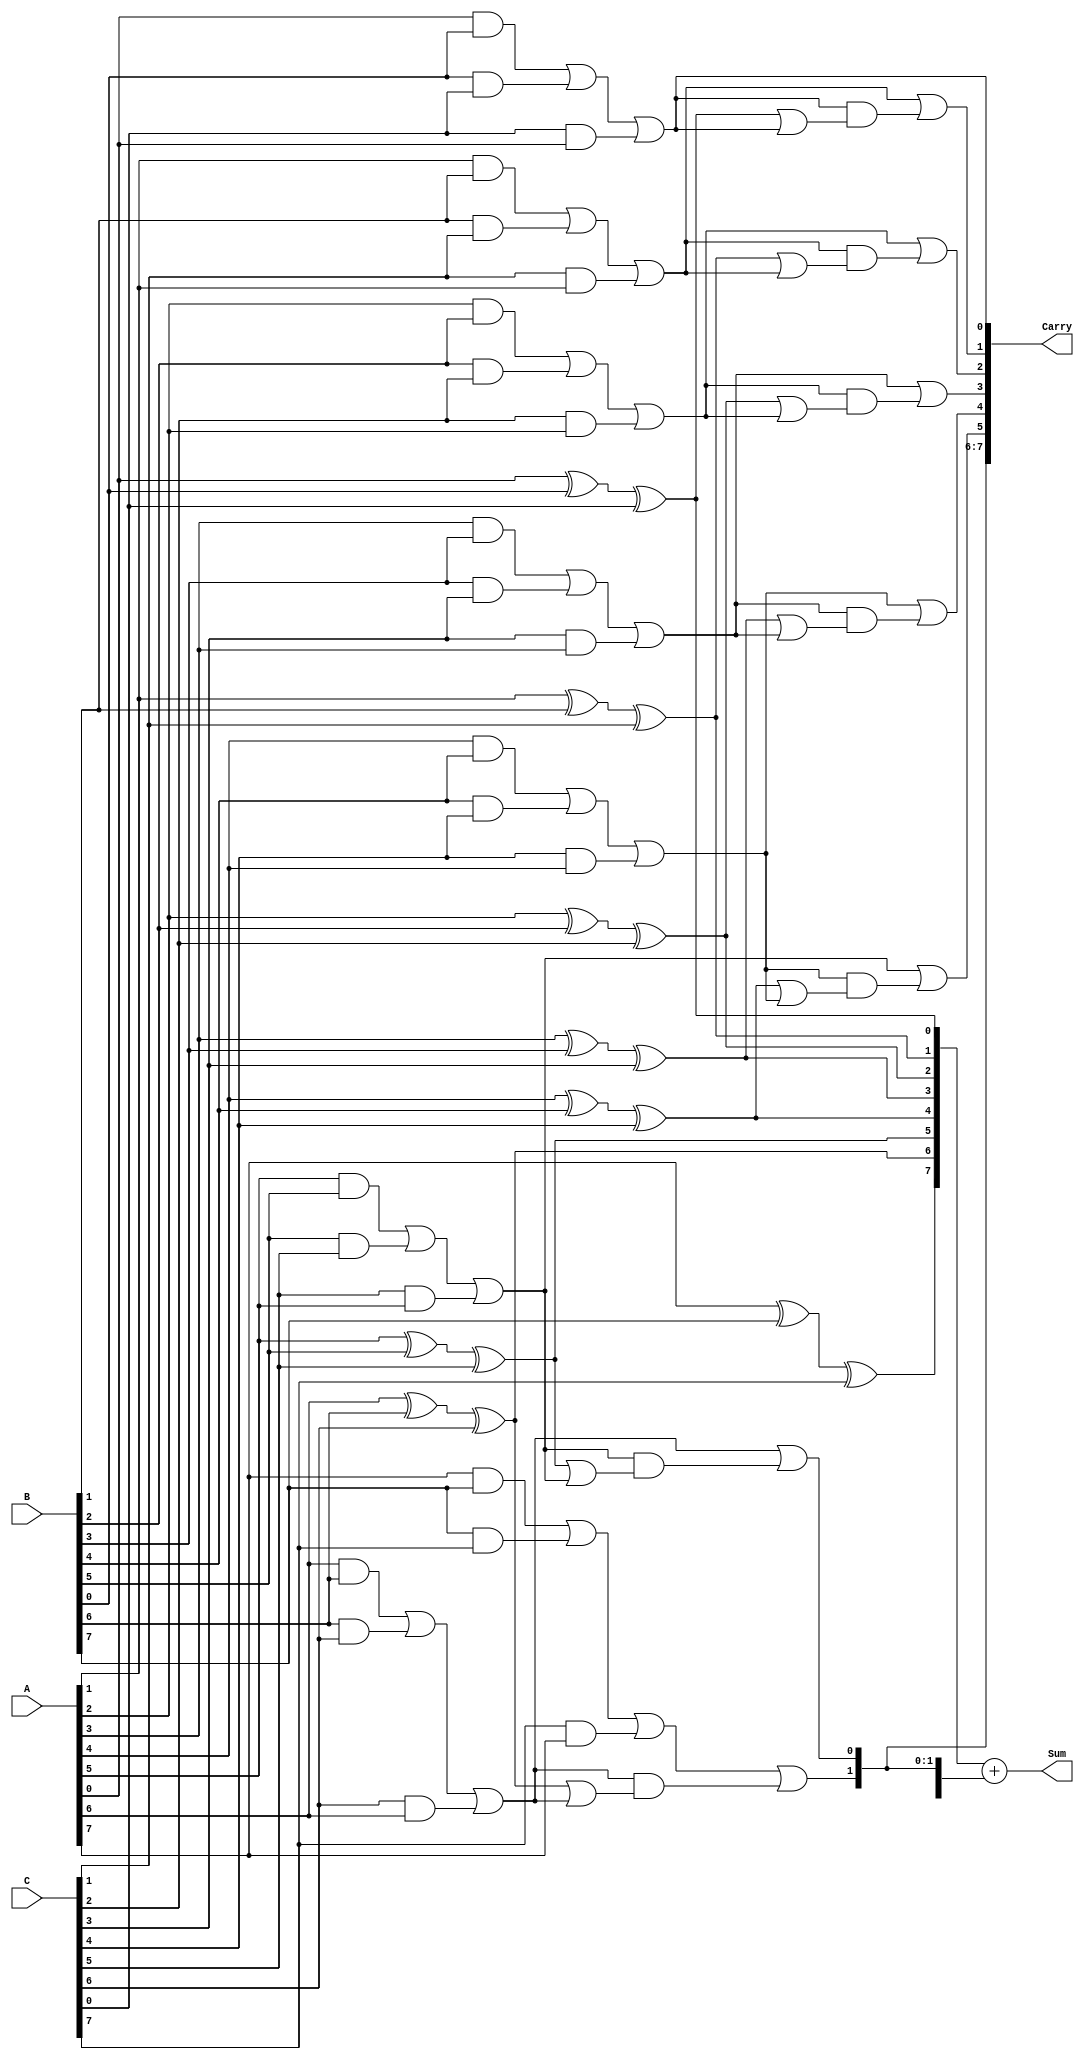
module ModifiedCarrySaveAdder #(parameter n = 8) (
    input  [n-1:0] A,
    input  [n-1:0] B,
    input  [n-1:0] C,
    output [n:0]   Sum,
    output [n-1:0] Carry
);

    wire [n-1:0] S; // Partial sums
    wire [n-1:0] C_temp; // Intermediate carries
    wire [n-1:0] carry_out; // Final carry outputs

    // Generate partial sums and carries for each bit position
    genvar i;
    generate
        for (i = 0; i < n; i = i + 1) begin : adder_logic
            assign S[i] = A[i] ^ B[i] ^ C[i]; // Partial sum
            assign C_temp[i] = (A[i] & B[i]) | (B[i] & C[i]) | (C[i] & A[i]); // Carry using majority function
        end
    endgenerate

    // Propagate carries to the next bit position
    assign Carry[0] = C_temp[0]; // Carry from LSB
    generate
        for (i = 1; i < n; i = i + 1) begin : carry_propagation
            assign Carry[i] = C_temp[i] | (C_temp[i-1] & (S[i-1] | C_temp[i-1]));
        end
    endgenerate

    // Final sum calculation
    assign Sum = S + {Carry[n-1], Carry[n-2:n-1]}; // Add carry to the partial sums

endmodule